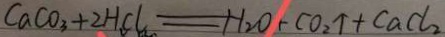
C a C O _ { 3 } + 2 H C l = H _ { 2 } O + C O _ { 2 } \uparrow + C a C l _ { 2 }